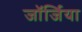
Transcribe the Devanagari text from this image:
जाॅर्जिया